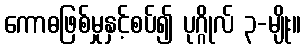
ကောဓဖြစ်မှုနှင့်စပ်၍ ပုဂ္ဂိုလ် ၃-မျိုး။